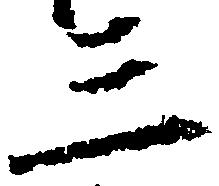
三